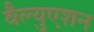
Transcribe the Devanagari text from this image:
वैल्युएशन